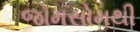
જોમસોમથી